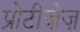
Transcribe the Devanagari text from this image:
प्रोटीज़ेज़